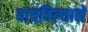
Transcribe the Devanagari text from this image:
वाचविल्याने